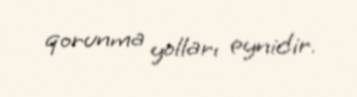
qorunma yolları eynidir.